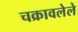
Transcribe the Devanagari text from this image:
चक्रावलेले